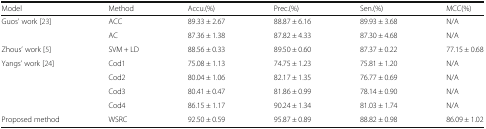
| Model | Method | Accu.(%) | Prec.(%) | Sen.(%) | MCC(%) |
 | --- | --- | --- | --- | --- | --- |
 | <ROWSPAN=2> Guos’ work [23] | ACC | 89.33 ± 2.67 | 88.87 ± 6.16 | 89.93 ± 3.68 | N/A |
 | AC | 87.36 ± 1.38 | 87.82 ± 4.33 | 87.30 ± 4.68 | N/A |
 | Zhous’ work [5] | SVM + LD | 88.56 ± 0.33 | 89.50 ± 0.60 | 87.37 ± 0.22 | 77.15 ± 0.68 |
 | <ROWSPAN=4> Yangs’ work [24] | Cod1 | 75.08 ± 1.13 | 74.75 ± 1.23 | 75.81 ± 1.20 | N/A |
 | Cod2 | 80.04 ± 1.06 | 82.17 ± 1.35 | 76.77 ± 0.69 | N/A |
 | Cod3 | 80.41 ± 0.47 | 81.86 ± 0.99 | 78.14 ± 0.90 | N/A |
 | Cod4 | 86.15 ± 1.17 | 90.24 ± 1.34 | 81.03 ± 1.74 | N/A |
 | Proposed method | WSRC | 92.50 ± 0.59 | 95.87 ± 0.89 | 88.82 ± 0.98 | 86.09 ± 1.02 |